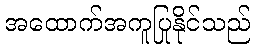
အထောက်အကူပြုနိုင်သည်